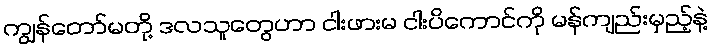
ကျွန်တော်မတို့ ဒလသူတွေဟာ ငါးဖားမ ငါးပိကောင်ကို မန်ကျည်းမှည့်နဲ့